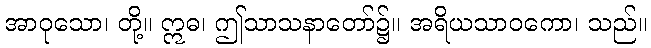
အာဝုသော၊ တို့။ ဣဓ၊ ဤသာသနာတော်၌။ အရိယသာဝကော၊ သည်။